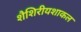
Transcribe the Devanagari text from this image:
शैशिरीयशाकल